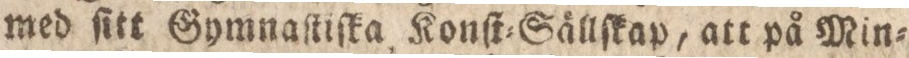
med ſitt Gymnaſtiſka Konſt=Sällſkap, att på Min=